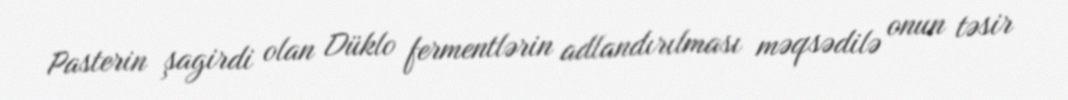
Pasterin şagirdi olan Düklo fermentlərin adlandırılması məqsədilə onun təsir